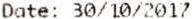
DATE: 30/10/2017